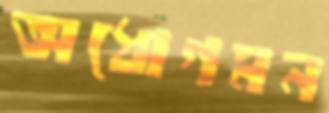
অধোগমন